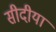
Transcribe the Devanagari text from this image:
सीदीया